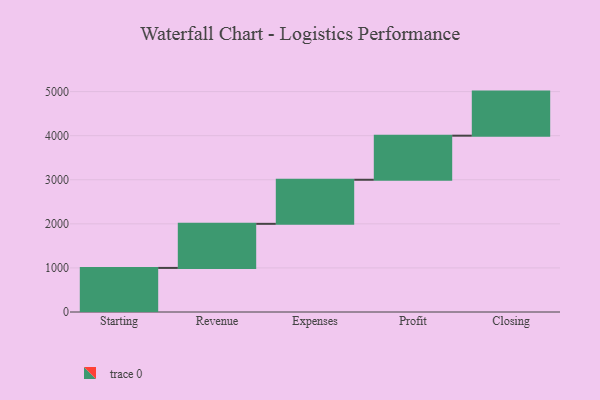
{"axis": {"x": "Step", "y": "Value"}, "legend": [""], "data": [{"x": "Starting", "y": 1000, "type": ""}, {"x": "Revenue", "y": 1000, "type": ""}, {"x": "Expenses", "y": 1000, "type": ""}, {"x": "Profit", "y": 1000, "type": ""}, {"x": "Closing", "y": 1000, "type": ""}]}